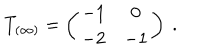
LaTeX: T _ { ( \infty ) } = \left( \begin{matrix} { { - 1 } } & { { 0 } } \\ { { - 2 } } & { { - 1 } } \\ \end{matrix} \right) \ .